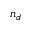
n _ { d }